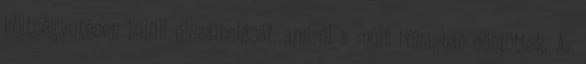
költségvetésen belüli elszámolását, amiről a múlt hónapban döntöttek. Az